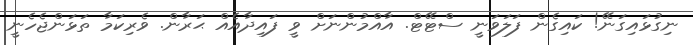
ނިގުޅައިގަނޭ! ކައިގެން ފަލަވަނީ ސްޓޭޓް. އާއްމުންނަށް ވީ ފައިދާއެއް ޙަރާން. ވެރިކަމާ ތަޅަންޖެހެނީ